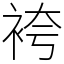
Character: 袴